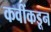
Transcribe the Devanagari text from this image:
कवींकडून